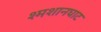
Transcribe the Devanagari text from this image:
श्मशानघाट